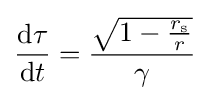
{\frac {{\rm {d}}\tau }{{\rm {d}}t}}={\frac {\sqrt {1-{\frac {r_{\text{s}}}{r}}}}{\gamma }}